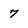
Character: 7